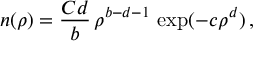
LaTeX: n ( \rho ) = \frac { C d } { b } \, \rho ^ { b - d - 1 } \, \exp ( - c \rho ^ { d } ) \, ,